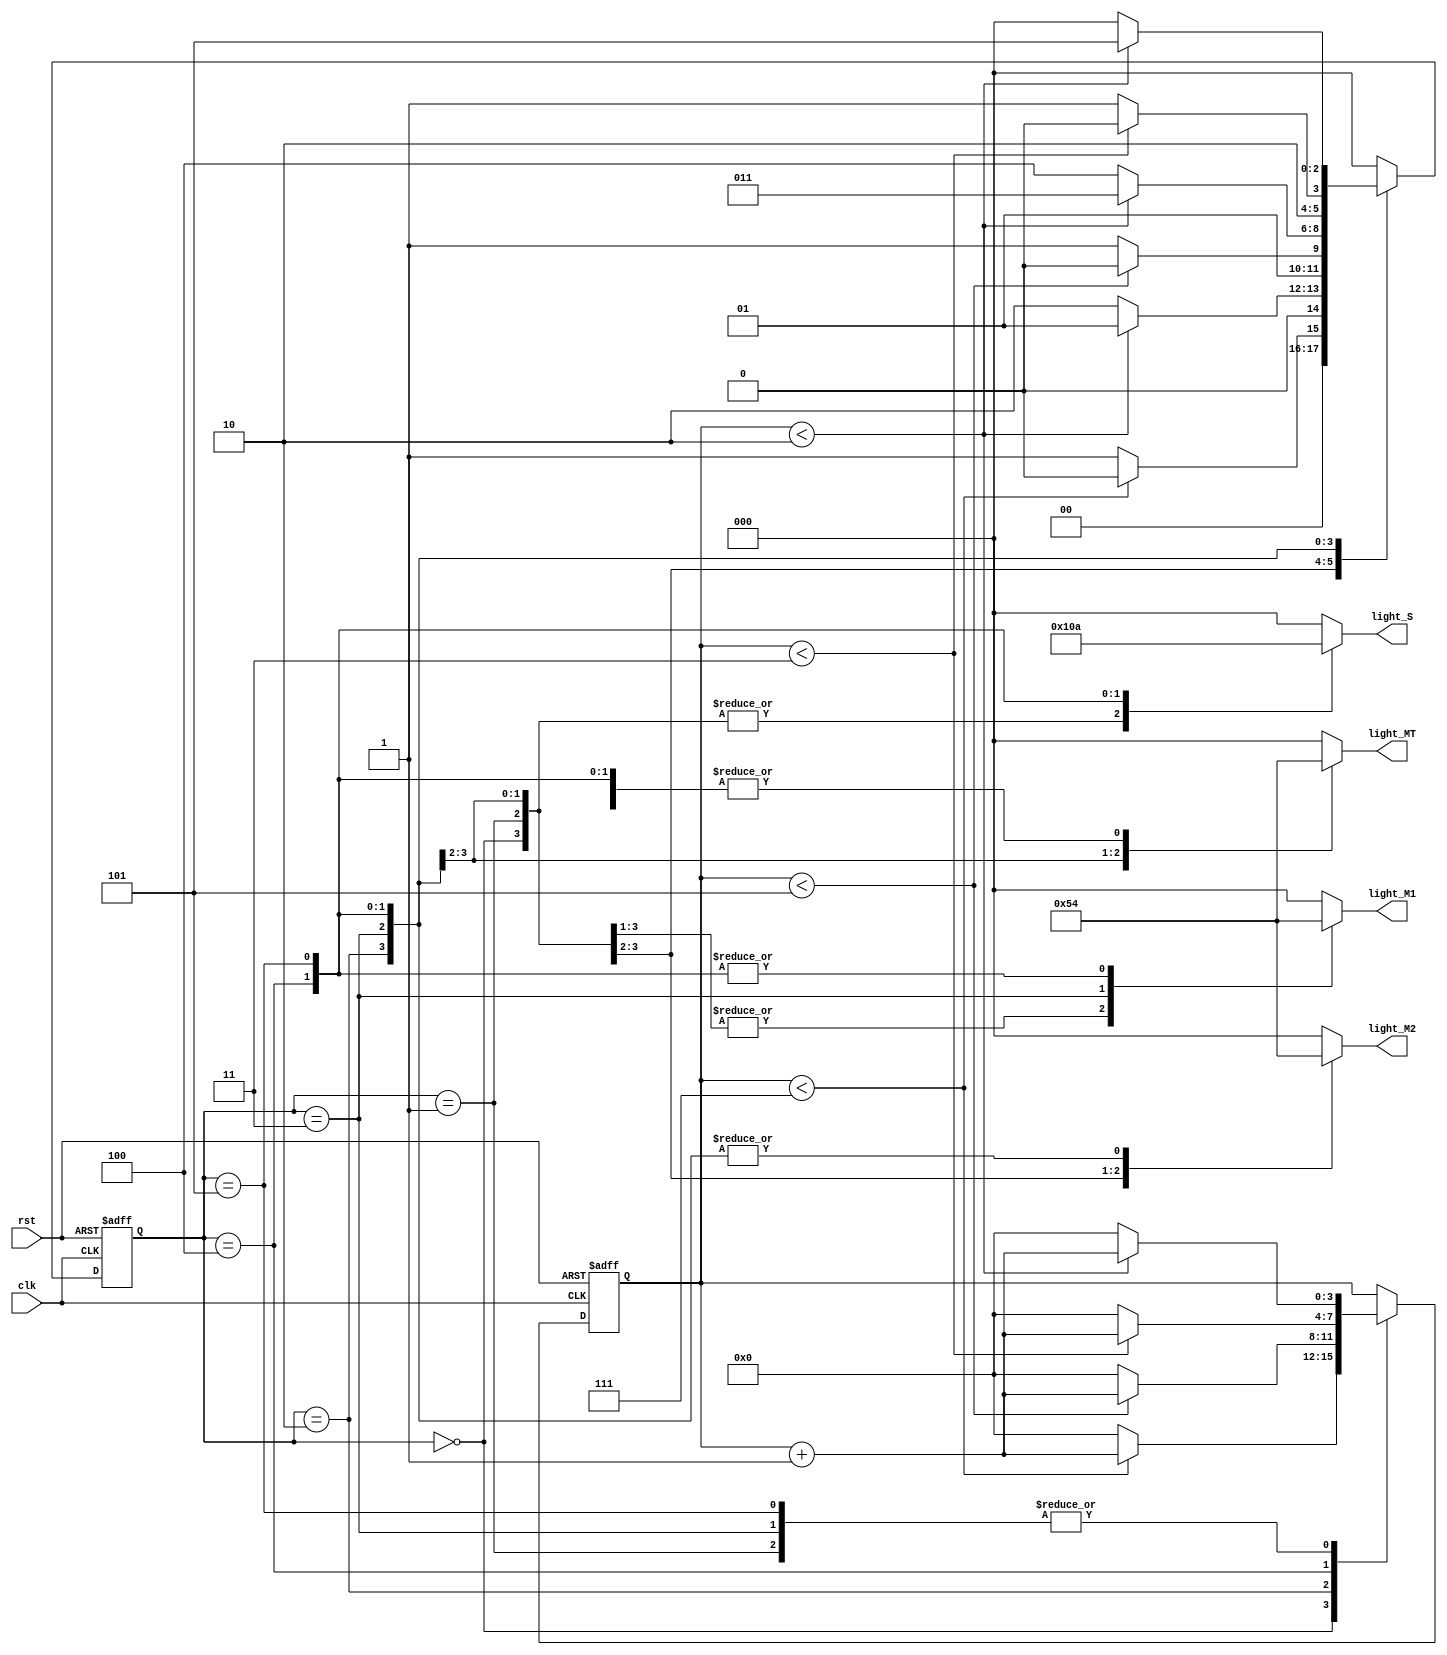
`timescale 1ns / 1ps
//////////////////////////////////////////////////////////////////////////////////
// Company: 
// Engineer: 
// 
// Design Name: 
// Module Name: Traffic_light_control
// Project Name: 
// Target Devices: 
// Tool Versions: 
// Description: 
// 
// Dependencies: 
// 
// Revision:
// Revision 0.01 - File Created
// Additional Comments:
// 
//////////////////////////////////////////////////////////////////////////////////


module Traffic_light_control(
input clk,rst,
output reg [2:0]light_M1,
output reg [2:0]light_S,
output reg [2:0]light_MT,
output reg [2:0]light_M2
);
    
    parameter  S1=0, S2=1, S3 =2, S4=3, S5=4,S6=5;
    reg [3:0]count;
    reg[2:0] ps;
    parameter  sec7=7,sec5=5,sec2=2,sec3=3;

   
    
    always@(posedge clk or posedge rst)
        begin
        if(rst==1)
        begin
        ps<=S1;
        count<=0;
        end
        else
        
      
       
            
            case(ps)
                S1: if(count<sec7)
                        begin
                        ps<=S1;
                        count<=count+1;
                        end
                    else
                        begin
                        ps<=S2;
                        count<=0;
                        end
                S2: if(count<sec2)
                        begin
                        ps<=S2;
                        count<=count+1;
                        end

                    else
                        begin
                        ps<=S3;
                        count<=0;
                        end
                S3: if(count<sec5)
                        begin
                        ps<=S3;
                        count<=count+1;
                        end

                    else
                        begin
                        ps<=S4;
                        count<=0;
                        end
                S4:if(count<sec2)
                        begin
                        ps<=S4;
                        count<=count+1;
                        end

                    else
                        begin
                        ps<=S5;
                        count<=0;
                        end
                S5:if(count<sec3)
                        begin
                        ps<=S5;
                        count<=count+1;
                        end

                    else
                        begin
                        ps<=S6;
                        count<=0;
                        end

                S6:if(count<sec2)
                        begin
                        ps<=S6;
                        count<=count+1;
                        end

                    else
                        begin
                        ps<=S1;
                        count<=0;
                        end
                default: ps<=S1;
                endcase
            end   

            always@(ps)    
            begin
                
                case(ps)
                     
                    S1:
                    begin
                       light_M1<=3'b001;
                       light_M2<=3'b001;
                       light_MT<=3'b100;
                       light_S<=3'b100;
                    end
                    S2:
                    begin 
                       light_M1<=3'b001;
                       light_M2<=3'b010;
                       light_MT<=3'b100;
                       light_S<=3'b100;
                    end
                    S3:
                    begin
                       light_M1<=3'b001;
                       light_M2<=3'b100;
                       light_MT<=3'b001;
                       light_S<=3'b100;
                    end
                    S4:
                    begin
                       light_M1<=3'b010;
                       light_M2<=3'b100;
                       light_MT<=3'b010;
                       light_S<=3'b100;
                    end
                    S5:
                    begin
                       light_M1<=3'b100;
                       light_M2<=3'b100;
                       light_MT<=3'b100;
                       light_S<=3'b001;
                    end
                    S6:
                    begin 
                       light_M1<=3'b100;
                       light_M2<=3'b100;
                       light_MT<=3'b100;
                       light_S<=3'b010;
                    end
                    default:
                    begin 
                       light_M1<=3'b000;
                       light_M2<=3'b000;
                       light_MT<=3'b000;
                       light_S<=3'b000;
                    end
                    endcase
            end                
              

endmodule